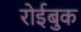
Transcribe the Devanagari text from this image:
रोईबुक